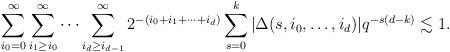
LaTeX: \begin{align*} \sum_{i_0=0}^\infty \sum_{i_1\geq i_0}^\infty \cdots \sum_{i_{d}\geq i_{d-1}}^\infty 2^{-(i_0+i_1+\cdots +i_{d})} \sum_{s=0}^k |\Delta(s,i_0,\dots,i_{d})| q^{-s(d-k)} \lesssim 1.\end{align*}